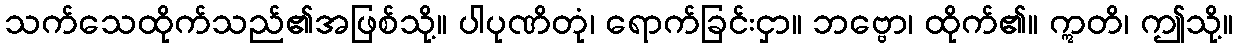
သက်သေထိုက်သည်၏အဖြစ်သို့။ ပါပုဏိတုံ၊ ရောက်ခြင်းငှာ။ ဘဗ္ဗော၊ ထိုက်၏။ ဣတိ၊ ဤသို့။